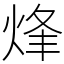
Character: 烽